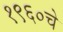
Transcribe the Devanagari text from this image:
१९६०चे